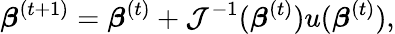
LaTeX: {\boldsymbol{\beta}}^{(t+1)}={\boldsymbol{\beta}}^{(t)}+{\mathcal{J}}^{-1}({\boldsymbol{\beta}}^{(t)})u({\boldsymbol{\beta}}^{(t)}),